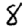
Digit: 8